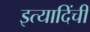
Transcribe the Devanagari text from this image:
इत्यादिंची